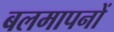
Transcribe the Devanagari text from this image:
बलमापनों